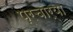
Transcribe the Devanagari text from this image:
प्रचार्या